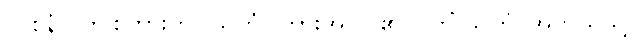
(ဝစနံ)၊ ဤစကားကို။ သုတံ၊ ကြားအပ်ပါ၏။ (ကိံ သုတံ၊ အဘယ်သို့